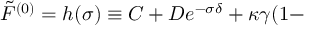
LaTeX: \tilde { F } ^ { ( 0 ) } = h ( \sigma ) \equiv C + D e ^ { - \sigma \delta } + \kappa \gamma ( 1 -